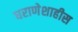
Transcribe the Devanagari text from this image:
घराणेशाहीस